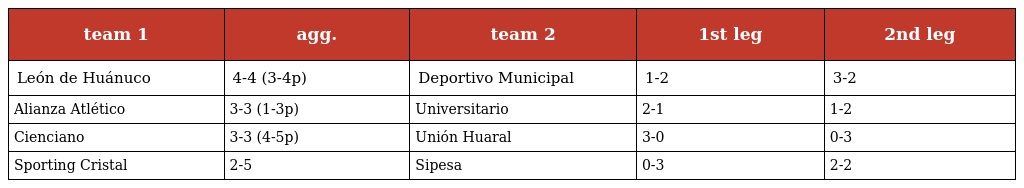
| team 1 | agg. | team 2 | 1st leg | 2nd leg |
 | --- | --- | --- | --- | --- |
 | León de Huánuco | 4-4 (3-4p) | Deportivo Municipal | 1-2 | 3-2 |
 | Alianza Atlético | 3-3 (1-3p) | Universitario | 2-1 | 1-2 |
 | Cienciano | 3-3 (4-5p) | Unión Huaral | 3-0 | 0-3 |
 | Sporting Cristal | 2-5 | Sipesa | 0-3 | 2-2 |